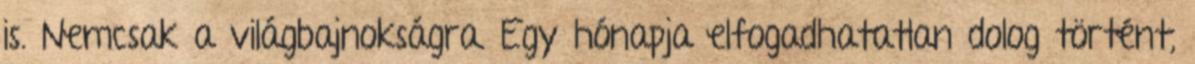
is. Nemcsak a világbajnokságra. Egy hónapja elfogadhatatlan dolog történt,